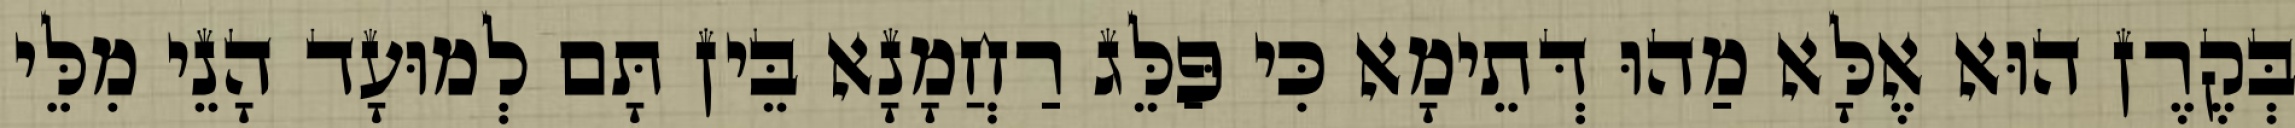
בְּקֶרֶן הוּא אֶלָּא מַהוּ דְּתֵימָא כִּי פַּלֵּג רַחֲמָנָא בֵּין תָּם לְמוּעָד הָנֵי מִלֵּי